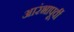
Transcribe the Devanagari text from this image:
आरंभापूर्वी